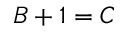
B + 1 = C